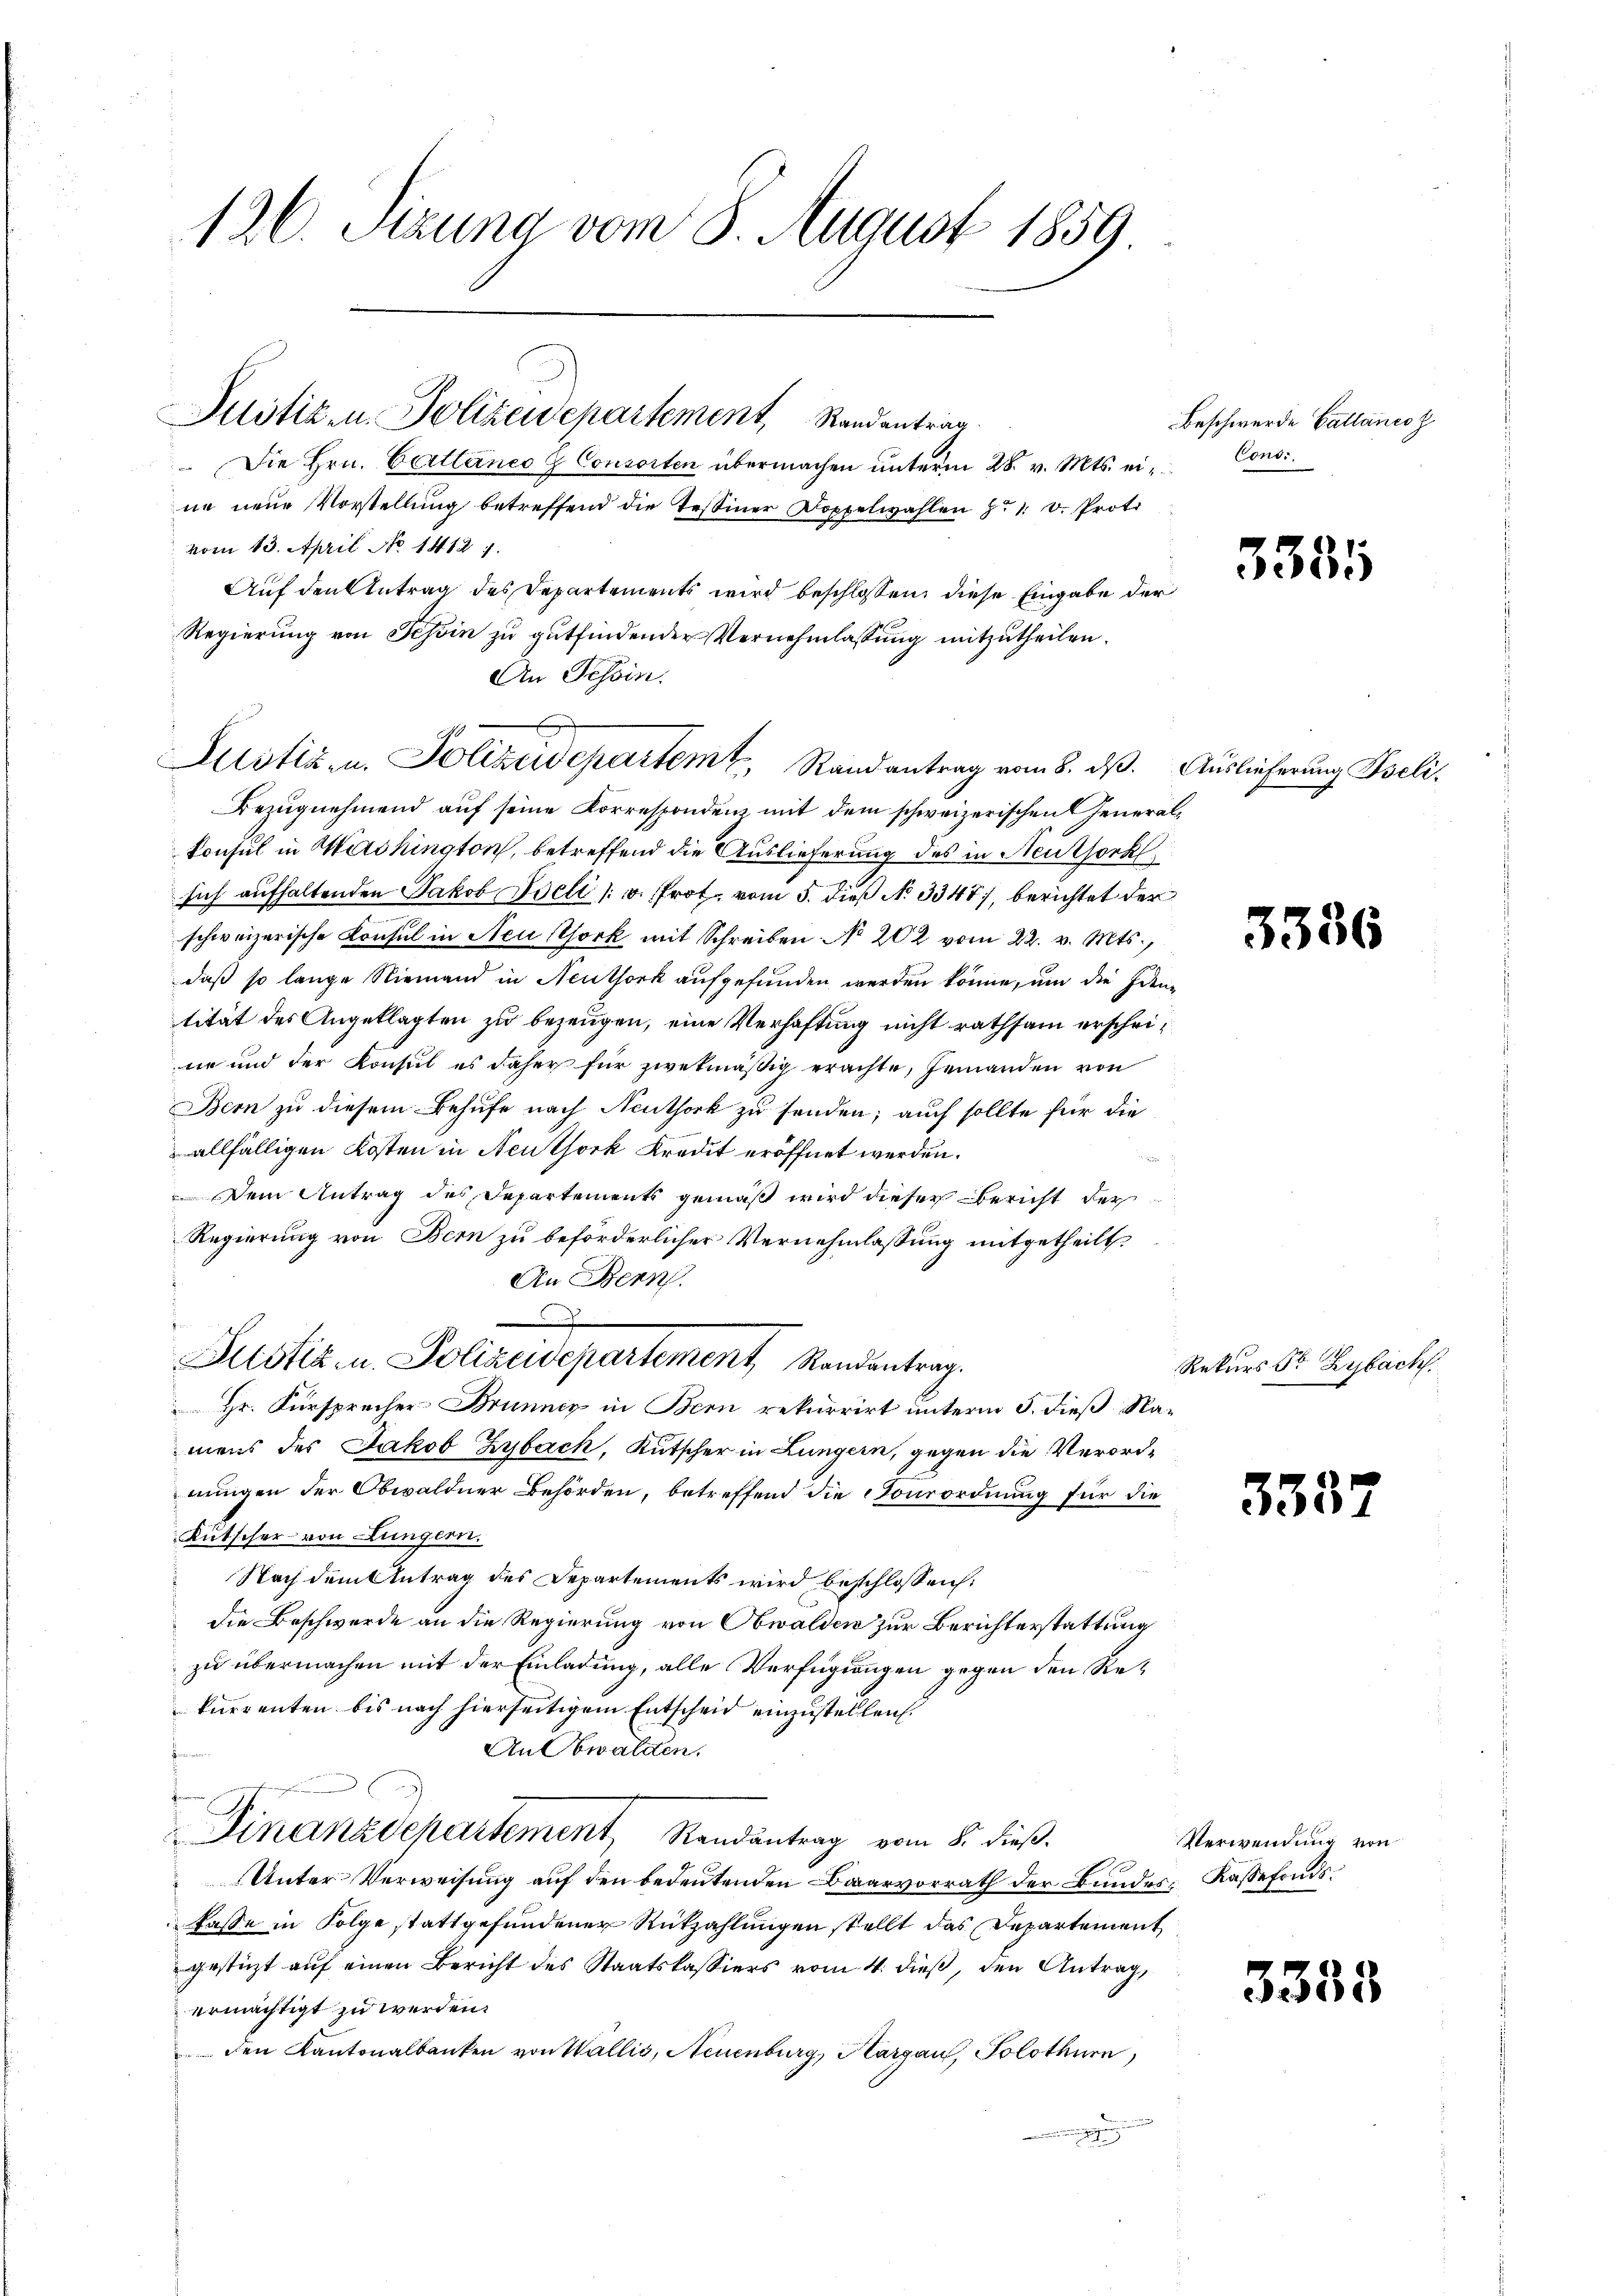
126. Setzung vom 8. August 1859

Die Hrn. Cellanco & Consorten übermachen unterm 28. v. Mts. ein Consi
ne neue Vorstellung betreffend die Tessiner Doppelwahlen d. 1. v. Proto
vom 13. April No 1412. 7.
Auf den Antrag des Departements wird beschlossen, diese Eingabe der
Regierung von Tessin zu gutfindender Vernehmlassung mitzutheilen.
An Tessin.
Bezugnehmend auf seine Korrespondenz mit dem schweizerischen General¬
Consul in Mershington, betreffend die Auslieferung des in Neuthork
sich aufhaltenden Jakob Vieli (u. rot vom 5. dieß N. 3347), berichtet der
schweizerische Consul in Neusthork mit Schreiben No 202 vom 22. v. Mts.,
daß so lange Niemand in Neuthork aufgefunden werden könne, um die Identität des Angeklagten zu bezeugen, eine Verhaftung nicht rathsam erscheine und der Konsul es daher für zwekmäßig erachte, jemanden von
Bern zu diesem Behufe nach Neuthork zu senden; auch sollte für die
allfälligen Kosten in Neuthork Kredit eröffnet werden.
Dem Antrag des Departements gemäß wird dieser Bericht der
Regierung von Bern zu beförderlicher Vernehmlassung mitgetheilt
An Bern.

Altstiz- u. Polizeidepartement Randantrag.
Hr. Fürsprecher Brünnig in Bern rekurrirt unterm 5. dieß Namens des Jakob Zybach, Kutscher in Lungern, gegen die Verordnungen der Obwaldner Behörden, betreffend die Konsordnung für die
Kutscher von Lungern.
Nach dem Antrag des Departements wird beschlossen:
die Beschwerde an die Regierung von Obwalden zur Berichterstattung
zu übermachen mit der Einladung, alle Verfügungen gegen den Rekurrenten bis nach hierseitigem Entscheid einzustellen.
An Sowalden.
Finanzdepartement, Randantrag vom 8. dieß.
Unter Verweisung auf den bedeutenden Baarvorrath der Bundes Kassefondskasse in Folge stattgefundener Rückzahlungen stellt das Departement
gestützt auf einen Bericht des Staatskassiers vom 4. dieß, den Antrag,
ermächtigt zu werden.
 den Kantonalbanken von Wallis, Neuenburg, Aargau, Solothurn,
mnmengegang

Pilotik- u. Polizeidepartement, Randantrag

Justiz- u. Polizeidepartem Randantrag vom 8. dß. Auslieferung Pseli¬

Beschwerde Gallanes z

.

3336

Rekurs Sr Zybach.

35

385

d

Verwendung von

3353